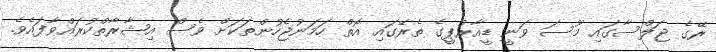
ރޭގެ ޖަލްސާގައި މޫސަ ވަނީ ޑީއާރުޕީގެ ތެރޭގައި އޮތް ހަމަނުޖެހުންތަކަށް ވެސް އިޝާރާތްކުރައްވާފައެވެ.